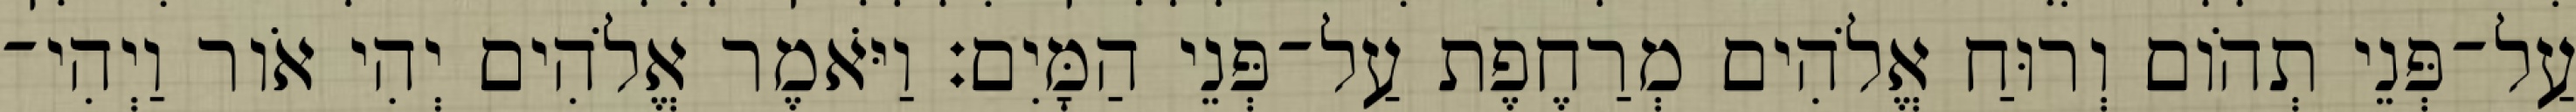
עַל־פְּנֵי תְהֹום וְרוּחַ אֱלֹהִים מְרַחֶפֶת עַל־פְּנֵי הַמָּיִם׃ וַיֹּאמֶר אֱלֹהִים יְהִי אֹור וַיְהִי־